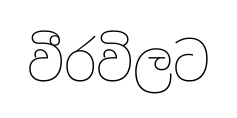
වීරවිලට